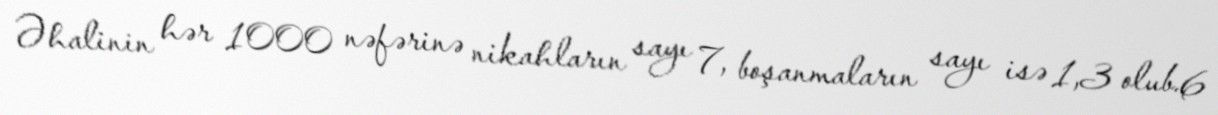
Əhalinin hər 1000 nəfərinə nikahların sayı 7, boşanmaların sayı isə 1,3 olub.6